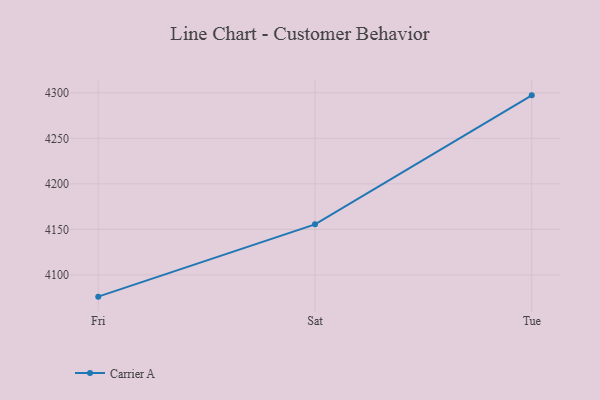
{"axis": {"x": "Day", "y": "Revenue (USD Million)"}, "legend": ["Carrier A"], "data": [{"x": "Fri", "y": 4076.1, "type": "Carrier A"}, {"x": "Sat", "y": 4155.5, "type": "Carrier A"}, {"x": "Tue", "y": 4297.2, "type": "Carrier A"}]}